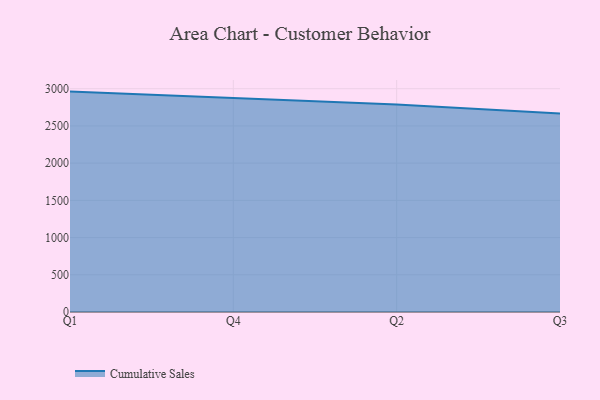
{"axis": {"x": "Quarter", "y": "Bounce Rate (%)"}, "legend": ["Cumulative Sales"], "data": [{"x": "Q1", "y": 2961.0, "type": "Cumulative Sales"}, {"x": "Q4", "y": 2876.7, "type": "Cumulative Sales"}, {"x": "Q2", "y": 2788.2, "type": "Cumulative Sales"}, {"x": "Q3", "y": 2665.5, "type": "Cumulative Sales"}]}